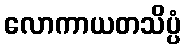
လောကာယတသိပ္ပံ